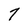
Character: 7